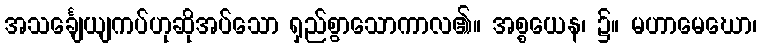
အသင်္ချေယျကပ်ဟုဆိုအပ်သော ရှည်စွာသောကာလ၏။ အစ္စယေန၊ ၌။ မဟာမေဃော၊